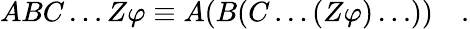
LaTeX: ABC\ldots Z\varphi\equiv A(B(C\ldots(Z\varphi)\ldots))\quad.